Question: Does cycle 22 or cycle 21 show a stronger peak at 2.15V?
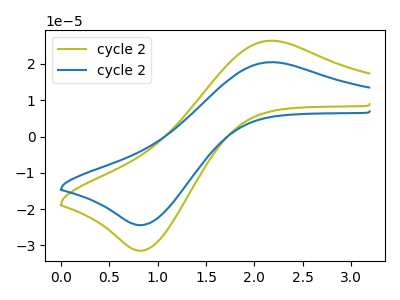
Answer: <think>The olive curve "cycle 21" has an anodic peak at (2.15V, 26.40uA) and a cathodic peak at (0.85V, -31.45uA). The blue curve "cycle 22" has an anodic peak at (2.15V, 20.50uA) and a cathodic peak at (0.85V, -24.40uA).</think>
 <answer>The peak at 2.15V is lower in "cycle 22" than in "cycle 21".</answer>
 <eval>lower</eval>